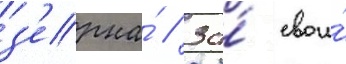
з'ерна́ // За́ свои́